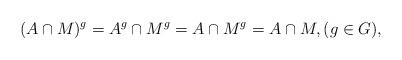
LaTeX: \begin{align*}(A\cap M)^g = A^g \cap M^g = A \cap M^g = A \cap M,(g\in G),\end{align*}